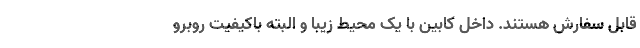
قابل سفارش هستند. داخل کابین با یک محیط زیبا و البته باکیفیت روبرو